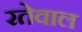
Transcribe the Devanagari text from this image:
रतेवाल